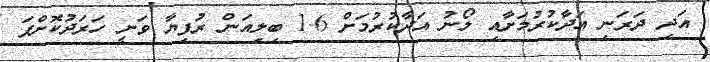
އަދި ދަރަނި އަދާކުރުމަށާއި ލޯނު އަދާކުރުމަށް 1.6 ބިލިއަން ރުފިޔާ ވަނީ ހަރަދުކޮށްފަ